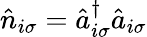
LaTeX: \hat{n}_{i\sigma}=\hat{a}_{i\sigma}^{\dagger}\hat{a}_{i\sigma}